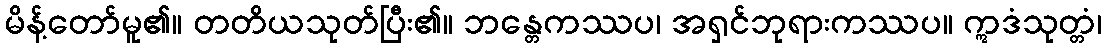
မိန့်တော်မူ၏။ တတိယသုတ်ပြီး၏။ ဘန္တေကဿပ၊ အရှင်ဘုရားကဿပ။ ဣဒံသုတ္တံ၊